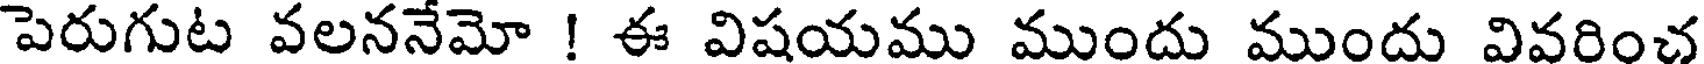
పెరుగుట వలననేమో ! ఈ విషయము ముందు ముందు వివరించ